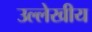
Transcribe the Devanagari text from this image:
उल्लेखीय